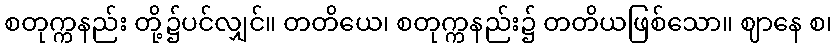
စတုက္ကနည်း တို့၌ပင်လျှင်။ တတိယေ၊ စတုက္ကနည်း၌ တတိယဖြစ်သော။ ဈာနေ စ၊